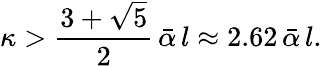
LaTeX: \kappa>\frac{3+\sqrt{5}}{2}\, \bar{\alpha}\, l\approx 2.62\, \bar{\alpha}\, l.